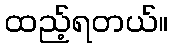
ထည့်ရတယ်။